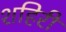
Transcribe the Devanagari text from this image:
शहिरी